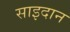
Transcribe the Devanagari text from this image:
साइदान